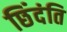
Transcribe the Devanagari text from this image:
छिंदंति